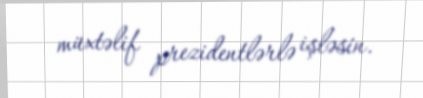
müxtəlif prezidentlərlə işləsin.